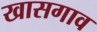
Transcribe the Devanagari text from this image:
खासगाव